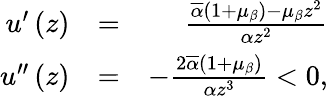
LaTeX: \begin{array}{rlr}{u^{\prime}\left(z\right)}&{=}&{\frac{\overline{{\alpha}}\left(1+\mu_{\beta}\right)-\mu_{\beta}z^{2}}{\alpha z^{2}}}\\ {u^{\prime\prime}\left(z\right)}&{=}&{-\frac{2\overline{{\alpha}}\left(1+\mu_{\beta}\right)}{\alpha z^{3}}<0\mathrm{,}}\end{array}